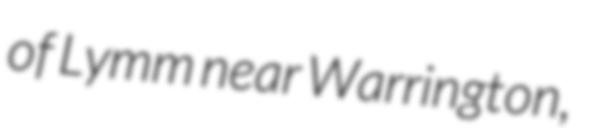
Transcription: of Lymm near Warrington,